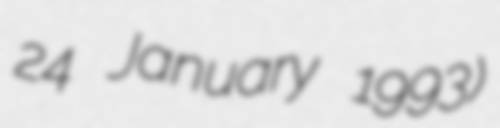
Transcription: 24 January 1993)